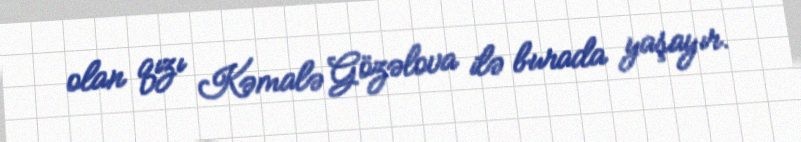
olan qızı Kəmalə Gözəlova ilə burada yaşayır.